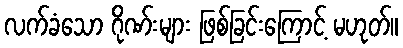
လက်ခံသော ဂိုဏ်းများ ဖြစ်ခြင်းကြောင့် မဟုတ်။